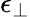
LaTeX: \epsilon_{\perp}